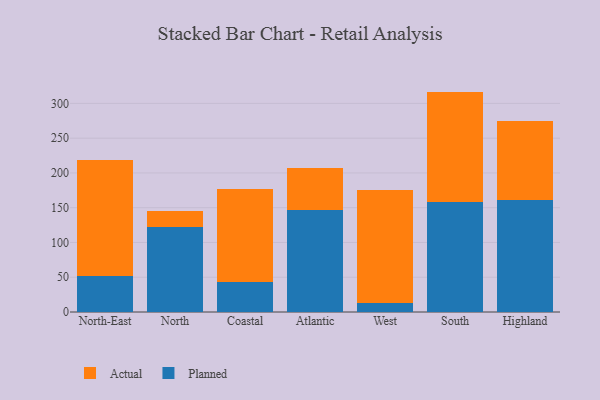
{"axis": {"x": "Region", "y": "Bounce Rate (%)"}, "legend": ["Actual", "Planned"], "data": [{"x": "North-East", "y": 51.7, "type": "Planned"}, {"x": "North-East", "y": 166.5, "type": "Actual"}, {"x": "North", "y": 122.8, "type": "Planned"}, {"x": "North", "y": 22.2, "type": "Actual"}, {"x": "Coastal", "y": 42.5, "type": "Planned"}, {"x": "Coastal", "y": 135.1, "type": "Actual"}, {"x": "Atlantic", "y": 146.1, "type": "Planned"}, {"x": "Atlantic", "y": 60.8, "type": "Actual"}, {"x": "West", "y": 13.2, "type": "Planned"}, {"x": "West", "y": 162.7, "type": "Actual"}, {"x": "South", "y": 158.3, "type": "Planned"}, {"x": "South", "y": 158.7, "type": "Actual"}, {"x": "Highland", "y": 161.2, "type": "Planned"}, {"x": "Highland", "y": 113.7, "type": "Actual"}]}